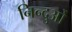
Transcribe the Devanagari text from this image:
निन्दुओं